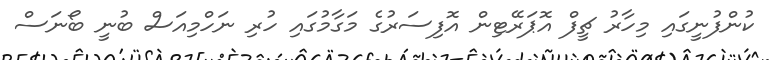
ކުންފުނީގައި މިހާރު ޗީފް އޮޕަރޭޓިން އޮފިސަރުގެ މަގާމުގައި ހުރި ނަހްމިއަސް ބުނީ ބޯނަސް